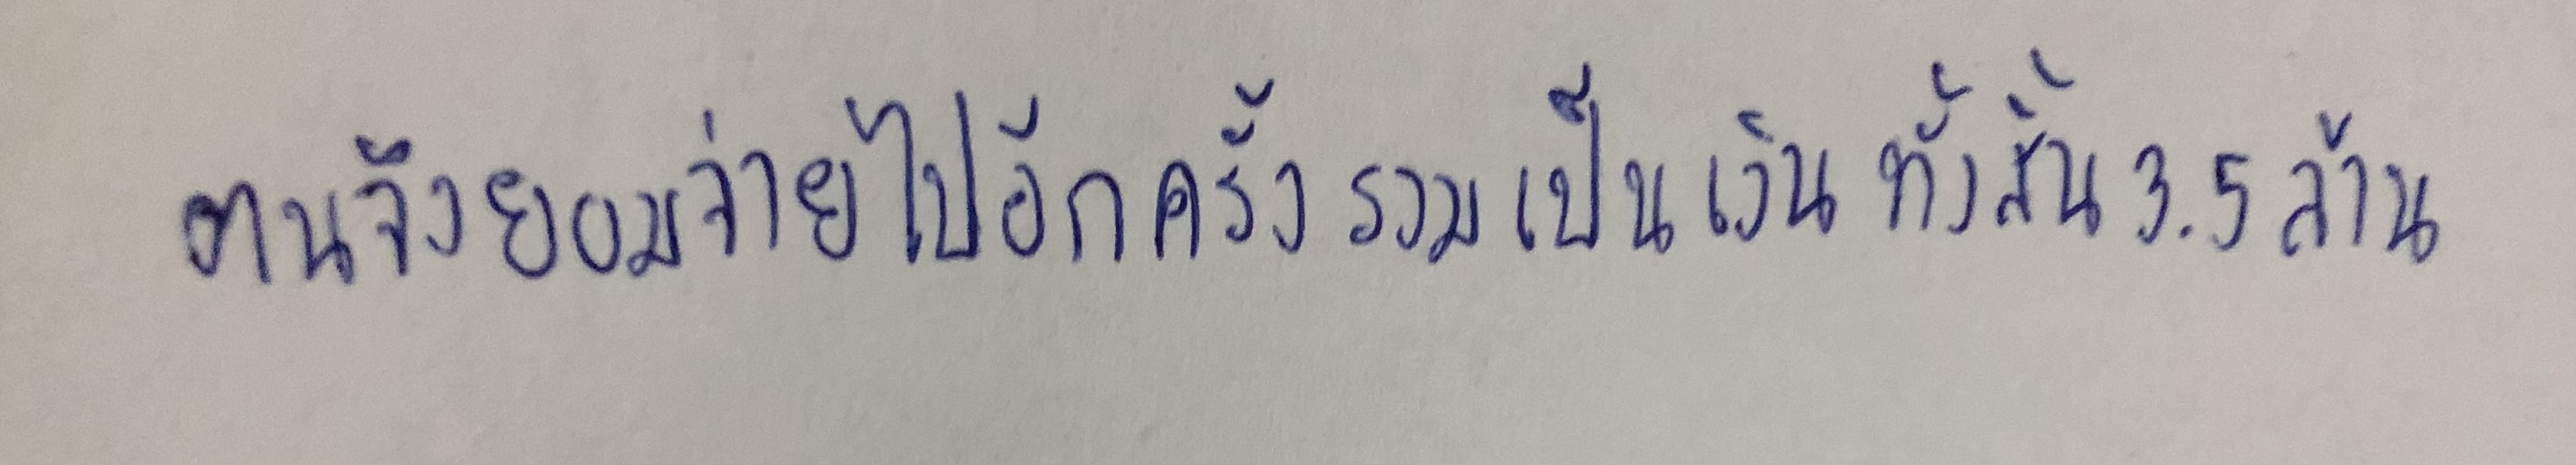
ตนจึงยอมจ่ายไปอีกครั้งรวมเป็นเงินทั้งสิ้น3.5ล้าน